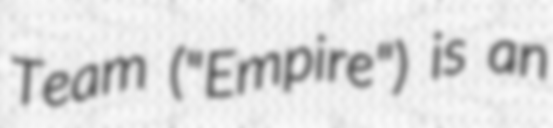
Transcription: Team ("Empire") is an